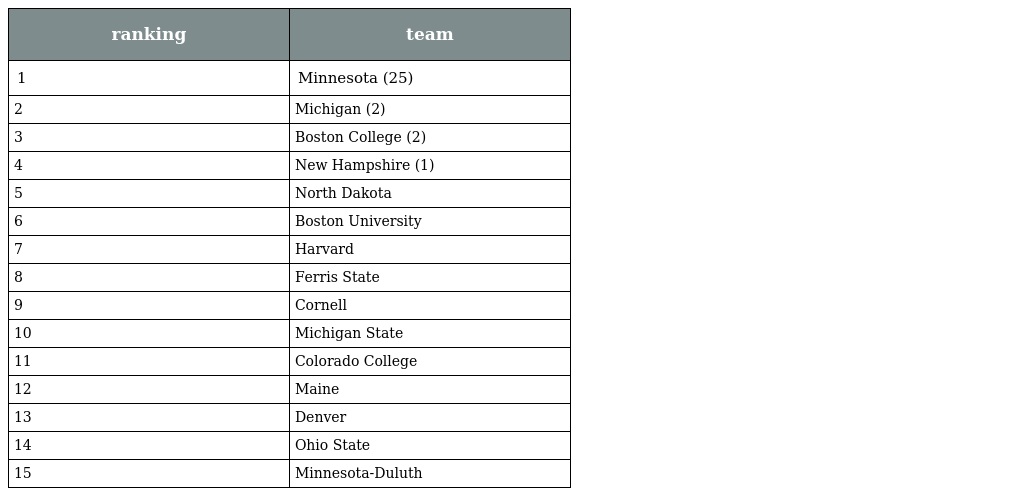
| ranking | team |
 | --- | --- |
 | 1 | Minnesota (25) |
 | 2 | Michigan (2) |
 | 3 | Boston College (2) |
 | 4 | New Hampshire (1) |
 | 5 | North Dakota |
 | 6 | Boston University |
 | 7 | Harvard |
 | 8 | Ferris State |
 | 9 | Cornell |
 | 10 | Michigan State |
 | 11 | Colorado College |
 | 12 | Maine |
 | 13 | Denver |
 | 14 | Ohio State |
 | 15 | Minnesota-Duluth |